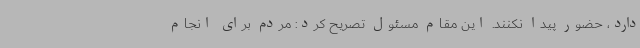
دارد، حضور پیدا نکنند. این مقام مسئول تصریح کرد: مردم برای انجام